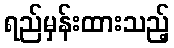
ရည်မှန်းထားသည့်